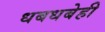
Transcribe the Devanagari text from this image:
धबधबेही